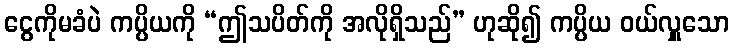
ငွေကိုမခံပဲ ကပ္ပိယကို “ဤသပိတ်ကို အလိုရှိသည်” ဟုဆို၍ ကပ္ပိယ ဝယ်လှူသော